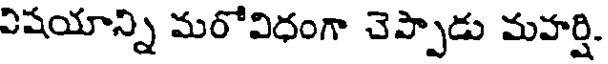
విషయాన్ని మరోవిధంగా చెప్పాడు మహర్షి.